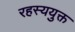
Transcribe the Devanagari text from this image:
रहस्ययुक्त